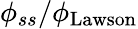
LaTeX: \phi_{ss}/\phi_{\mathrm{Lawson}}